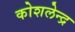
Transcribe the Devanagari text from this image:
कोशलेन्द्र